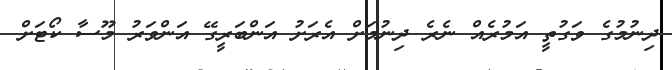
ދިނުމުގެ ވަގުތީ އަމުރެއް ނެރެ ދިނުމަށް އެރަށު އަންބަރީގޭ އަންވަރު މޫސާ ކޯޓަށް